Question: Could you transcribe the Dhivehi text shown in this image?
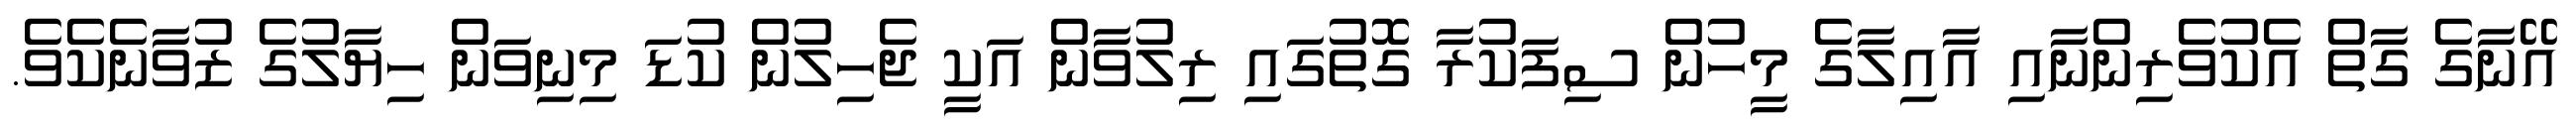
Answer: އޭނާގެ ގާތް އެކުވެރިންނާއި އާއިލާގެ މީހުން ސިފަކުރާ ގޮތުގައި ރިލުވާން އަކީ ޖެހިލުން ކުޑަ މިނިވަން ހިޔާލުގެ ޒުވާނެކެވެ.